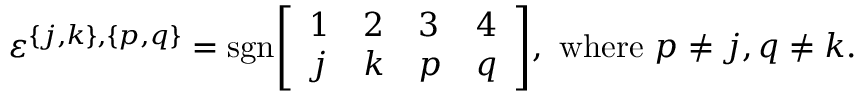
\varepsilon ^ { \{ j , k \} , \{ p , q \} } = { \mathrm { s g n } } { \left[ \begin{array} { l l l l } { 1 } & { 2 } & { 3 } & { 4 } \\ { j } & { k } & { p } & { q } \end{array} \right] } , { \mathrm { ~ w h e r e ~ } } p \neq j , q \neq k .